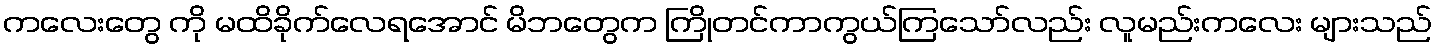
ကလေးတွေ ကို မထိခိုက်လေရအောင် မိဘတွေက ကြိုတင်ကာကွယ်ကြသော်လည်း လူမည်းကလေး များသည်